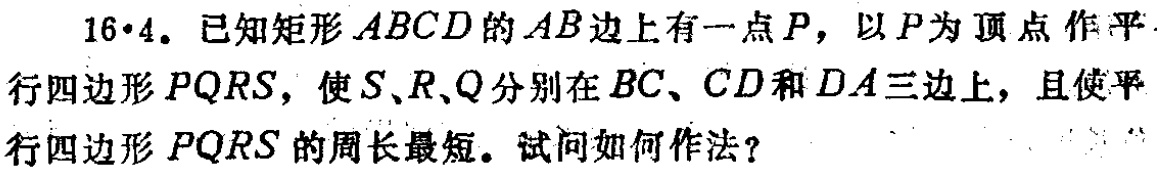
16·4. 已知矩形\(ABCD\)的\(AB\)边上有一点\(P\)，以\(P\)为顶点作平行四边形\(PQRS\)，使\(S\)、\(R\)、\(Q\)分别在\(BC\)、\(CD\)和\(DA\)三边 上，且使平行四边形\(PQRS\)的周长最短。试问如何作法？